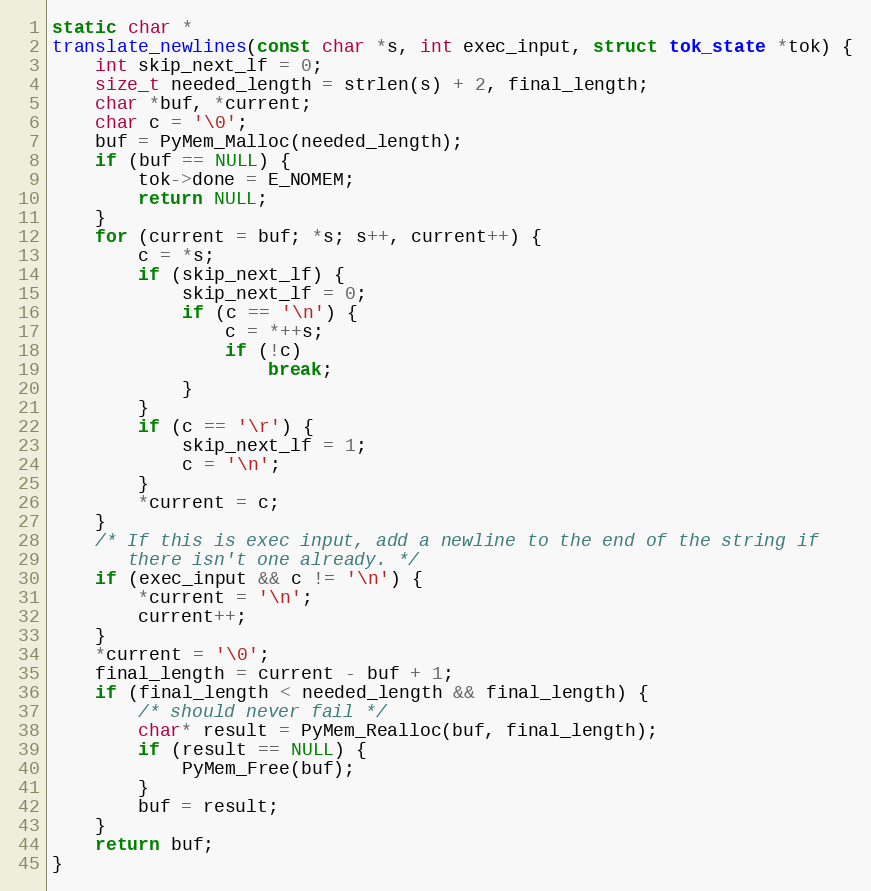
Language: C
static char *
translate_newlines(const char *s, int exec_input, struct tok_state *tok) {
    int skip_next_lf = 0;
    size_t needed_length = strlen(s) + 2, final_length;
    char *buf, *current;
    char c = '\0';
    buf = PyMem_Malloc(needed_length);
    if (buf == NULL) {
        tok->done = E_NOMEM;
        return NULL;
    }
    for (current = buf; *s; s++, current++) {
        c = *s;
        if (skip_next_lf) {
            skip_next_lf = 0;
            if (c == '\n') {
                c = *++s;
                if (!c)
                    break;
            }
        }
        if (c == '\r') {
            skip_next_lf = 1;
            c = '\n';
        }
        *current = c;
    }
    /* If this is exec input, add a newline to the end of the string if
       there isn't one already. */
    if (exec_input && c != '\n') {
        *current = '\n';
        current++;
    }
    *current = '\0';
    final_length = current - buf + 1;
    if (final_length < needed_length && final_length) {
        /* should never fail */
        char* result = PyMem_Realloc(buf, final_length);
        if (result == NULL) {
            PyMem_Free(buf);
        }
        buf = result;
    }
    return buf;
}